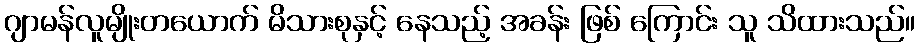
ဂျာမန်လူမျိုးတယောက် မိသားစုနှင့် နေသည့် အခန်း ဖြစ် ကြောင်း သူ သိထားသည်။